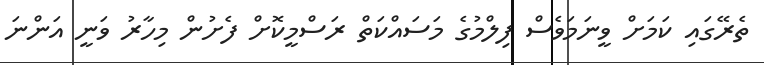
ތެރޭގައި ކަމަށް ވީނަމަވެސް ފިލްމުގެ މަސައްކަތް ރަސްމީކޮށް ފެށުން މިހާރު ވަނީ އަންނަ